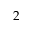
2